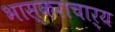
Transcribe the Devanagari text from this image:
भास्‍कराचार्य